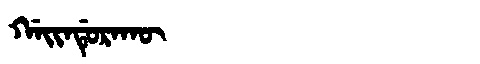
Manchu: ᡤᠠᡳᠨᡩᡠᡵᠠᡴᡡ
Romanization: GAINDURAKŪ